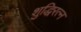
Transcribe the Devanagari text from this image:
शुद्धिरत्न